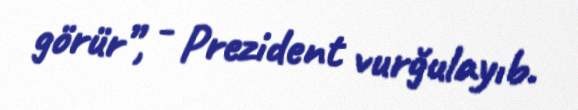
görür”, - Prezident vurğulayıb.